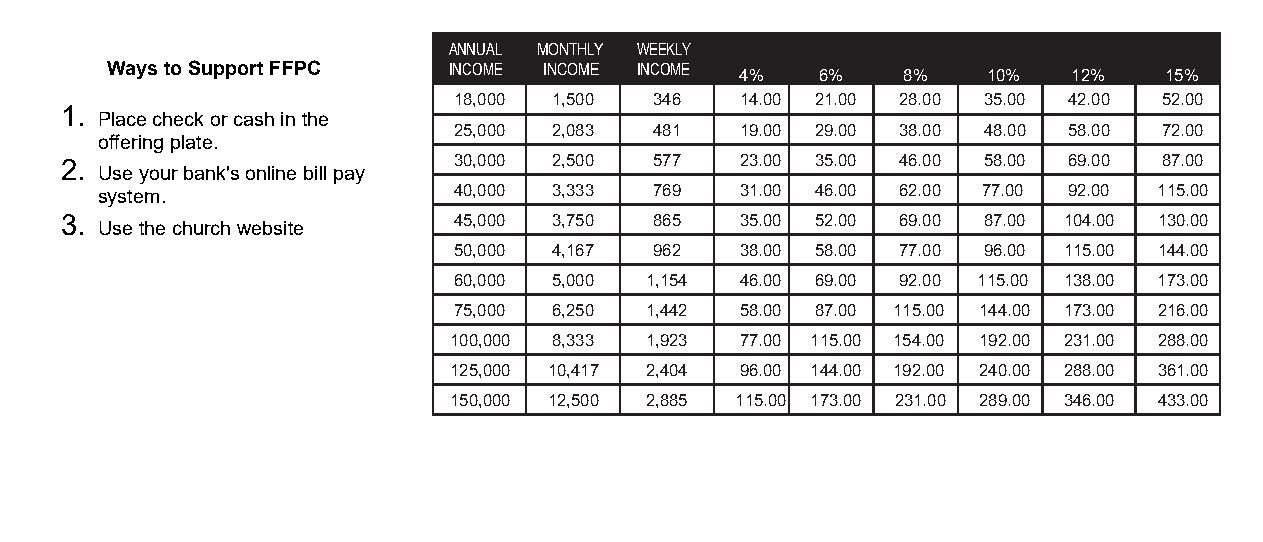
ANNUAL MONTHLY WEEKLY
 Ways to Support FFPC   INCOME INCOME INCOME 4% 6%    8%   10%   12%   15%
 18,000 1,500 346   14.00 21.00 28.00 35.00 42.00 52.00
 1.
 Place check o r cash in the
 25,000 2,083 481   19.00 29.00 38.00 48.00 58.00 72.00
 offering plate.
 2.                        30,000 2,500 577   23.00 35.00 46.00 58.00 69.00 87.00
 Use your bank's online bill pay
 system.                 40,000 3,333 769   31.00 46.00 62.00 77.00 92.00 115.00
 3. Use the church website 45,000 3,750 865   35.00 52.00 69.00 87.00 104.00 130.00
 50,000 4,167 962   38.00 58.00 77.00 96.00 115.00 144.00
 60,000 5,000 1,154 46.00 69.00 92.00 115.00 138.00 173.00
 75,000 6,250 1,442 58.00 87.00 115.00 144.00 173.00 216.00
 100,000 8,333 1,923 77.00 115.00 154.00 192.00 231.00 288.00
 125,000 10,417 2,404 96.00 144.00 192.00 240.00 288.00 361.00
 150,000 12,500 2,885 115.00 173.00 231.00 289.00 346.00 433.00